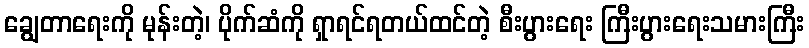
ချွေတာရေးကို မုန်းတဲ့၊ ပိုက်ဆံကို ရှာရင်ရတယ်ထင်တဲ့ စီးပွားရေး ကြီးပွားရေးသမားကြီး